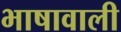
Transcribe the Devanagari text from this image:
भाषावाली